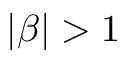
| \beta | > 1